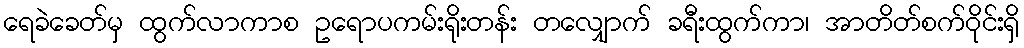
ရေခဲခေတ်မှ ထွက်လာကာစ ဥရောပကမ်းရိုးတန်း တလျှောက် ခရီးထွက်ကာ၊ အာတိတ်စက်ဝိုင်းရှိ